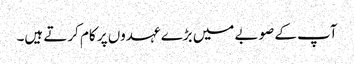
آپ کے صوبے میں بڑے عہدوں پر کام کرتے ہیں۔